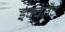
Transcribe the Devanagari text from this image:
ईक्वेलेंट